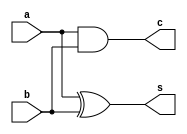
module halfadder(a,b,s,c);
input a,b;
output s,c;
xor(s,a,b);
and(c,a,b);
endmodule
module halftestg();
reg A,B;
wire S,C;
halfadder e1(.a(A),.b(B),.s(S),.c(C));
integer k;
initial
begin
{A,B}=2'b0;
$monitor($time," The value of A=%b,B=%b,Sum=%b,Carry=%b",A,B,S,C);
for(k=0;k<=3;k=k+1)
begin
#5 {A,B}=k;
end
#10 $stop;
end
endmodule